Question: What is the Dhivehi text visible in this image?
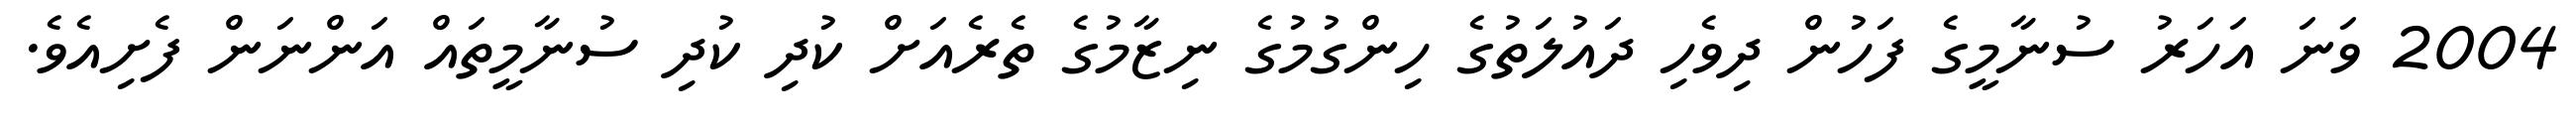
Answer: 2004 ވަނަ އަހަރު ސުނާމީގެ ފަހުން ދިވެހި ދައުލަތުގެ ހިންގުމުގެ ނިޒާމުގެ ތެރެއަށް ކުދި ކުދި ސުނާމީތައް އަންނަން ފެށިއެވެ.